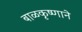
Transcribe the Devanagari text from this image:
बाळकृष्णाने